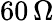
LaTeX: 60\, {\Omega}